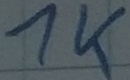
Text: 1K